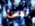
شئ